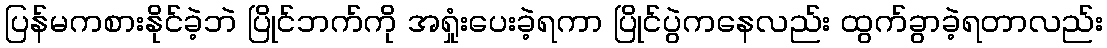
ပြန်မကစားနိုင်ခဲ့ဘဲ ပြိုင်ဘက်ကို အရှုံးပေးခဲ့ရကာ ပြိုင်ပွဲကနေလည်း ထွက်ခွာခဲ့ရတာလည်း